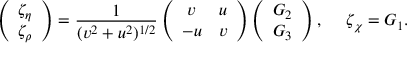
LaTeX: \left( \begin{array} { c } { { \zeta _ { \eta } } } \\ { { \zeta _ { \rho } } } \end{array} \right) = \frac { 1 } { ( v ^ { 2 } + u ^ { 2 } ) ^ { 1 / 2 } } \left( \begin{array} { c c } { { v } } & { { u } } \\ { { - u } } & { { v } } \end{array} \right) \left( \begin{array} { c } { { G _ { 2 } } } \\ { { G _ { 3 } } } \end{array} \right) , ~ ~ ~ ~ \zeta _ { \chi } = G _ { 1 } .